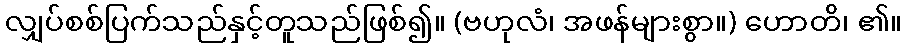
လျှပ်စစ်ပြက်သည်နှင့်တူသည်ဖြစ်၍။ (ဗဟုလံ၊ အဖန်များစွာ။) ဟောတိ၊ ၏။